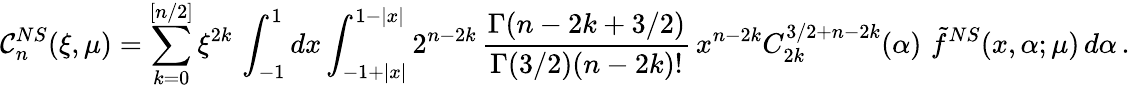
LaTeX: {\cal C}_{n}^{NS}(\xi,\mu)=\sum_{k=0}^{[n/2]}\xi^{2k}\, \int_{-1}^{1}dx\int_{-1+|x|}^{1-|x|}2^{n-2k}\, \frac{\Gamma(n-2k+3/2)}{\Gamma(3/2)(n-2k)!}\, x^{n-2k}C_{2k}^{3/2+n-2k}(\alpha)\, \, \tilde{f}^{NS}(x,\alpha;\mu)\, d\alpha\, .